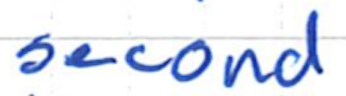
Text: second
Cross-out: clean
Writing tool: ballpoint